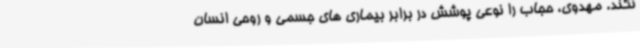
نکند. مهدوی، حجاب را نوعی پوشش در برابر بیماری های جسمی و روحی انسان